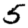
Digit: 5